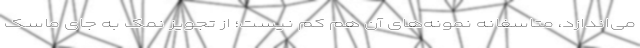
می‌اندازد، متاسفانه نمونه‌های آن هم کم نیست؛ از تجویز نمک به جای ماسک